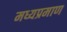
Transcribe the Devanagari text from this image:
मध्यप्रमाण